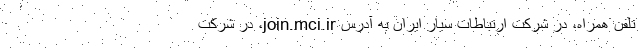
تلفن همراه، در شرکت ارتباطات سیار ایران به آدرس join.mci.ir، در شرکت